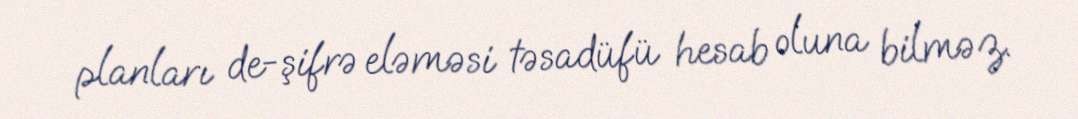
planları de-şifrə eləməsi təsadüfü hesab oluna bilməz.